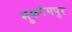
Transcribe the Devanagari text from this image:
मुकर्रमपुर